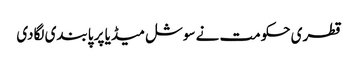
قطری حکومت نے سوشل میڈیا پر پابندی لگادی